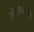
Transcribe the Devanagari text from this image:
अंगोपयोग